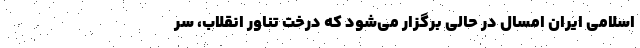
اسلامی ایران امسال در حالی برگزار می‌شود که درخت تناور انقلاب، سر